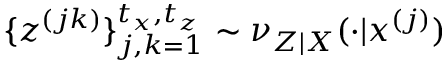
\{ z ^ { ( j k ) } \} _ { j , k = 1 } ^ { t _ { x } , t _ { z } } \sim \nu _ { Z | \boldsymbol { X } } ( \cdot | \boldsymbol { x } ^ { ( j ) } )